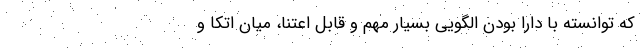
که توانسته با دارا بودن الگویی بسیار مهم و قابل اعتنا، میان اتکا و